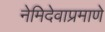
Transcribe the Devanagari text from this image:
नेमिदेवाप्रमाणे